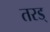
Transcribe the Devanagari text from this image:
तरड्